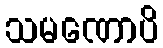
သမဏောပိ